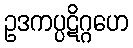
ဥဒကပ္ပဋိဂ္ဂဟေ